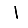
Digit: 1